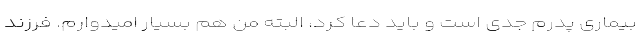
بیماری پدرم جدی است و باید دعا کرد، البته من هم بسیار امیدوارم. فرزند